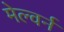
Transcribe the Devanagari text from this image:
मेल्वर्न